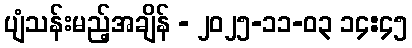
ပျံသန်းမည့်အချိန် - ၂၀၂၅-၁၁-၀၃ ၁၄:၄၅